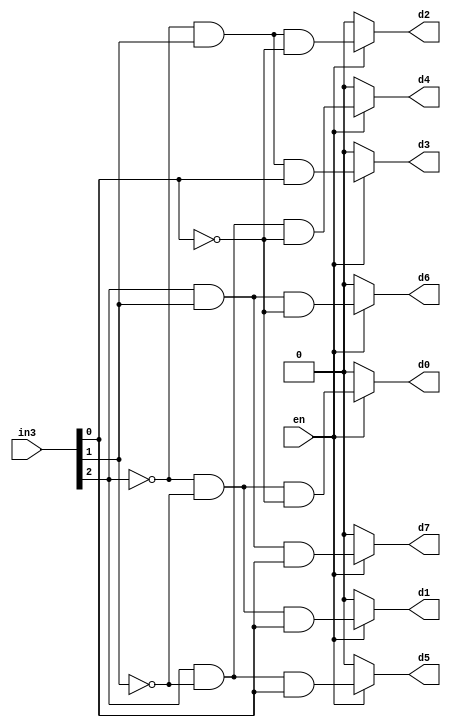
module glenn_3bitDecoder(

input [2:0]  in3,

input en,

output d0,d1,d2,d3,d4,d5,d6,d7
   
);

reg a,b,c;
reg [7:0]d;
assign c=in3[0];
assign b=in3[1];
assign a=in3[2];

always @(in3 or en)

begin
      if(en) 
      begin
      d[0]=((~a)&(~b)&(~c));
		d[1]=((~a)&(~b)&c);
		d[2]=((~a)&b&(~c));
		d[3]=((~a)&b&c);
		d[4]=(a&(~b)&(~c));
		d[5]=(a&(~b)&c);
		d[6]=(a&b&(~c));
		d[7]=(a&b&c);
      end
	   else
      d=8'b0000000;
end
assign d0=d[0];
assign d1=d[1];
assign d2=d[2];
assign d3=d[3];
assign d4=d[4];
assign d5=d[5];
assign d6=d[6];
assign d7=d[7];
endmodule